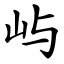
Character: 屿